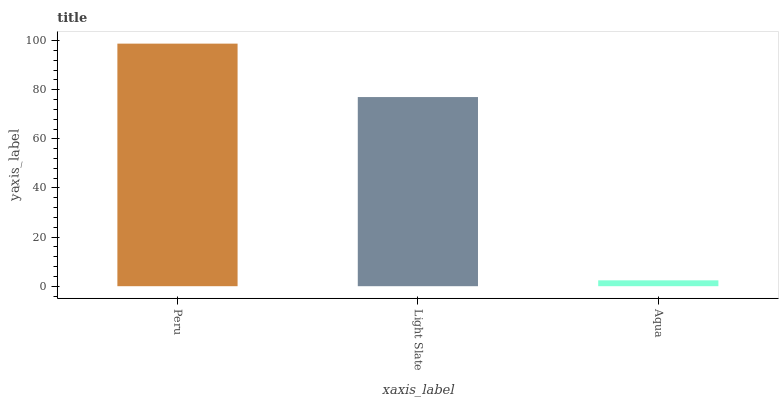
| xaxis_label | bars |
 | --- | --- |
 | Peru | 98.8 |
 | Light Slate | 77 |
 | Aqua | 2.39 |